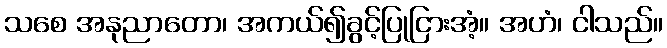
သစေ အနုညာတော၊ အကယ်၍ခွင့်ပြုငြားအံ့။ အဟံ၊ ငါသည်။